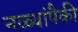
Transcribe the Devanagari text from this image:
नळ्यांपैकी